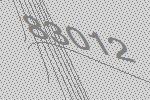
83012